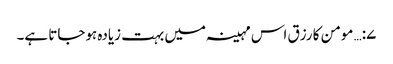
۷:… مومن کا رزق اس مہینہ میں بہت زیادہ ہوجاتا ہے۔